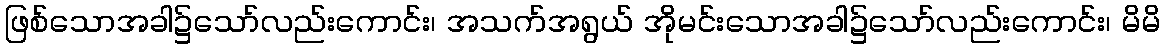
ဖြစ်သောအခါ၌သော်လည်းကောင်း၊ အသက်အရွယ် အိုမင်းသောအခါ၌သော်လည်းကောင်း၊ မိမိ